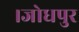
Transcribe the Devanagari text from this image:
।जोधपुर